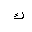
Letter: _kaf